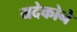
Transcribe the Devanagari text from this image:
यदेकोने